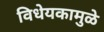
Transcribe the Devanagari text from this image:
विधेयकामुळे